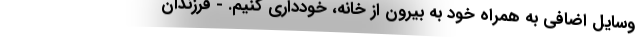
وسایل اضافی به همراه خود به بیرون از خانه، خودداری کنیم. - فرزندان